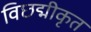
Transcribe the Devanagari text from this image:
विछद्मीकृत